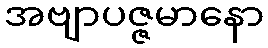
အဗျာပဇ္ဇမာနော